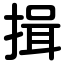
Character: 揖